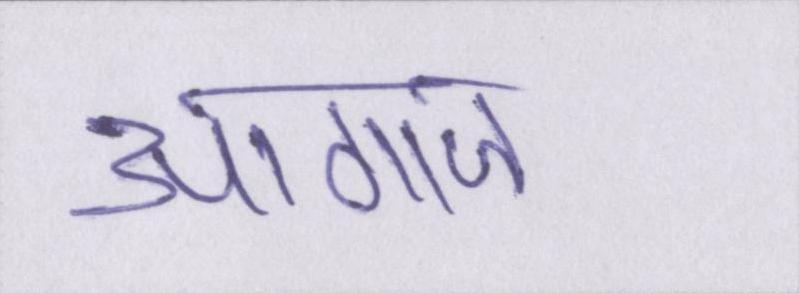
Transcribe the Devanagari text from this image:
आगाज